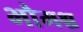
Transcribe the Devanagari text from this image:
भौमश्च